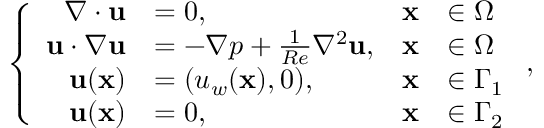
\left\{ \begin{array} { r l r l } { \nabla \cdot { \mathbf { u } } } & { = 0 , } & { \mathbf { x } } & { \in \Omega } \\ { { \mathbf { u } } \cdot \nabla { \mathbf { u } } } & { = - \nabla p + \frac { 1 } { R e } { \nabla ^ { 2 } } { \mathbf { u } } , } & { \mathbf { x } } & { \in \Omega } \\ { \mathbf { u } ( \mathbf { x } ) } & { = ( u _ { w } ( \mathbf { x } ) , 0 ) , } & { \mathbf { x } } & { \in \Gamma _ { 1 } } \\ { \mathbf { u } ( \mathbf { x } ) } & { = 0 , } & { \mathbf { x } } & { \in \Gamma _ { 2 } } \end{array} \right. ,